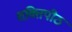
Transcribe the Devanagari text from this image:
शक्तिपीठ